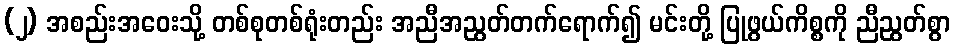
(၂) အစည်းအဝေးသို့ တစ်စုတစ်ရုံးတည်း အညီအညွတ်တက်ရောက်၍ မင်းတို့ ပြုဖွယ်ကိစ္စကို ညီညွတ်စွာ